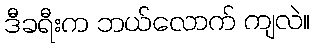
ဒီခရီးက ဘယ်လောက် ကျလဲ။